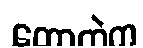
တောထဲက